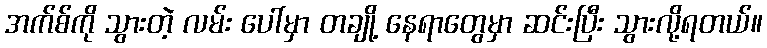
အက်စ်ကို သွားတဲ့ လမ်း ပေါ်မှာ တချို့ နေရာတွေမှာ ဆင်းပြီး သွားလို့ရတယ်။